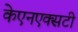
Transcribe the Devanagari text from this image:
केएनएक्सटी